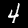
Label: 4